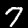
Digit: 7